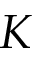
K